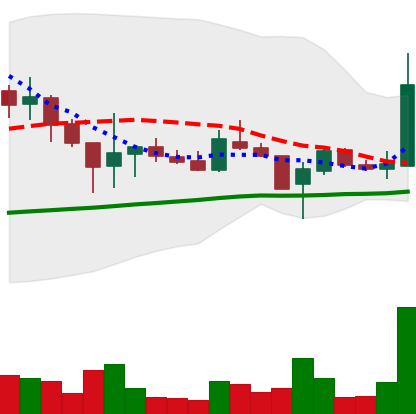
Ticker: LTC-USD
Chart end date: 2017-11-07
Forward return: -3.736%
Label: down_3_5